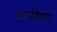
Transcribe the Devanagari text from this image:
अरीहा